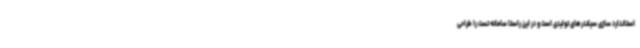
استاندارد سازی سیلندرهای تولیدی است و در این راستا سامانه تست را طراحی